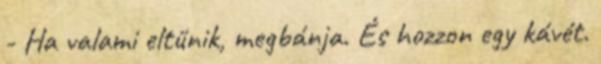
- Ha valami eltűnik, megbánja. És hozzon egy kávét.